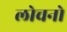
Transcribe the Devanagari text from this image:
लोचनो